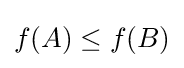
f(A)\leq f(B)